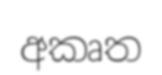
අකෘත